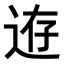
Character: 𨒸